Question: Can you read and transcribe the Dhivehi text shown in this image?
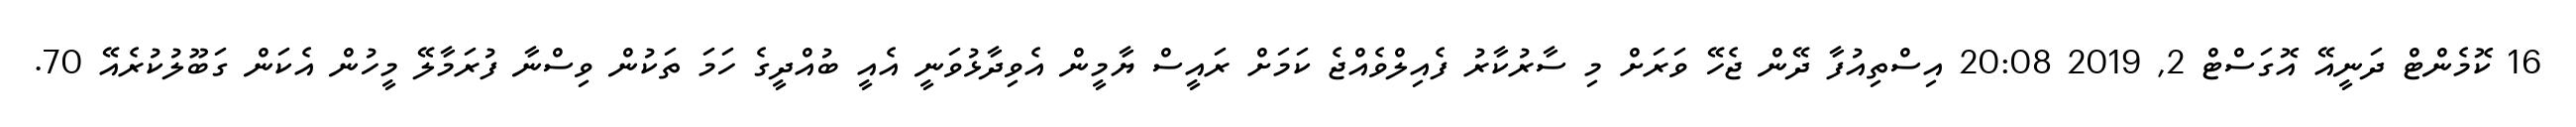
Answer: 16 ކޮމެންޓް ދަނީއޭ އޮގަސްޓް 2, 2019 20:08 އިސްތިއުފާ ދޭން ޖެހޭ ވަރަށް މި ސާރުކާރު ފެއިލްވެއްޖެ ކަމަށް ރައީސް ޔާމީން އެވިދާޅުވަނީ އެއީ ބުއްދީގެ ހަމަ ތަކުން ވިސްނާ ފުރަމާލޭ މީހުން އެކަން ގަބޫލުކުރެއޭ 70.